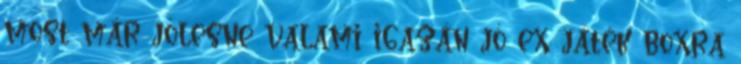
most már jólesne valami igazán jó ex játék boxra